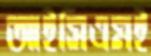
আইসিএমই